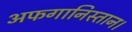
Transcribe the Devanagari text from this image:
अफगानिस्तान।